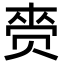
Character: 赍